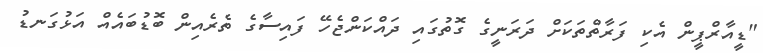
"ޑީއާރްޕީން އެކި ފަރާތްތަކަށް ދަރަނީގެ ގޮތުގައި ދައްކަންޖެހޭ ފައިސާގެ ތެރެއިން ބޮޑުބައެއް އަޅުގަނޑު